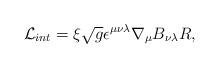
LaTeX: \begin{align*}\mathcal{L}_{int}=\xi \sqrt{g}\epsilon ^{\mu \nu \lambda }\nabla _{\mu}B_{\nu \lambda }R, \end{align*}